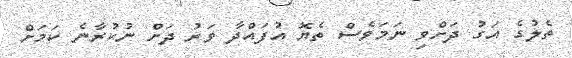
ތެލުގެ އަގު ދަށްވި ނަމަވެސް ތެޔޮ އުފައްދާ ވަރު ދަށް ނުކުރާނެ ކަމަށް